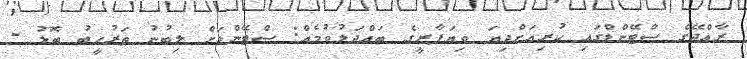
ރާއްޖޭގެ ސްޓޭންޑްގައި ކުރިއަށްދިޔަ ވިޔަފާރީގެ ބައްދަލުވުމެއް: ސްޓޭންޑަށް ލިބުނު ތަރުހީބު ބޮޑު -